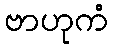
ဗာဟုကံ